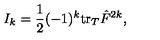
I _ { k } = { \frac { 1 } { 2 } } ( - 1 ) ^ { k } \mathrm { t r } _ { T } \hat { F } ^ { 2 k } ,